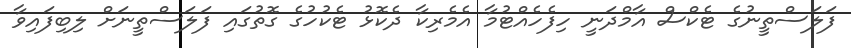
ފަލަސްތީނުގެ ޓެކްސް އާމްދަނީ ހިފެހެއްޓުމާ އެމެރިކާ ދެކޮޅު ޓެކުހުގެ ގޮތުގައި ފަލަސްތީނަށް ލިބިފައިވާ